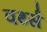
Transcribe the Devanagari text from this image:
वर्थ्स